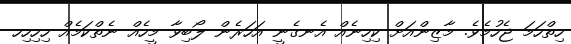
ހިތްހަމަ ޖެހުމެވެ. މާޒިންއަށް ކިހިނެއް އެނގެނީ އަހަރެން ލޯބިވާ މީހެއް ނެތްކަމެއް ހިހިހިހ